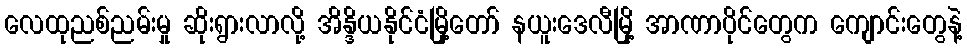
လေထုညစ်ညမ်းမှု ဆိုးရွားလာလို့ အိန္ဒိယနိုင်ငံမြို့တော် နယူးဒေလီမြို့ အာဏာပိုင်တွေက ကျောင်းတွေနဲ့